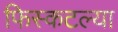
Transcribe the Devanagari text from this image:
फिस्कटल्या